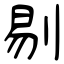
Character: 剔